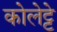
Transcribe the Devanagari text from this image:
कोलेट्टे